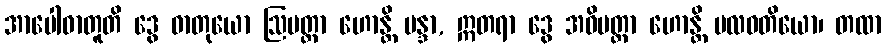
အာပေါဓာတူတိ ဒွေ ဓာတုယော ဩမတ္တာ ဟောန္တိ မန္ဒာ, ဣတရာ ဒွေ အဓိမတ္တာ ဟောန္တိ ဗလဝတိယော၊ တထာ